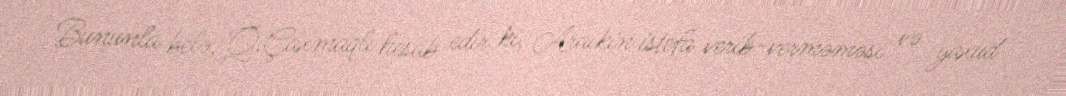
Bununla belə, Q.Çaxmaqlı hesab edir ki, Araikin istefa verib-verməməsi və yaxud